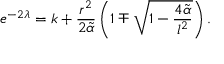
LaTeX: e ^ { - 2 \lambda } = k + \frac { r ^ { 2 } } { 2 \tilde { \alpha } } \left( 1 \mp \sqrt { 1 - \frac { 4 \tilde { \alpha } } { l ^ { 2 } } } \right) .